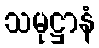
သမုဋ္ဌာနံ